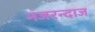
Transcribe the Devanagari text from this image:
नजरन्दाज